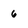
Character: 6